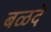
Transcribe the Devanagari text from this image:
बळदे